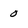
Character: 0